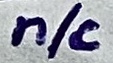
Text: n/c